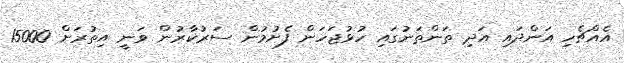
އެއްޗެހި އަންދައި އަދި ތަންތަނުގައި ހުޅުޖަހަން ފެށުމުން ސަރުކާރުން ވަނީ އިތުރަށް 15000